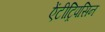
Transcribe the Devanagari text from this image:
ऐंटीट्रिपसिन